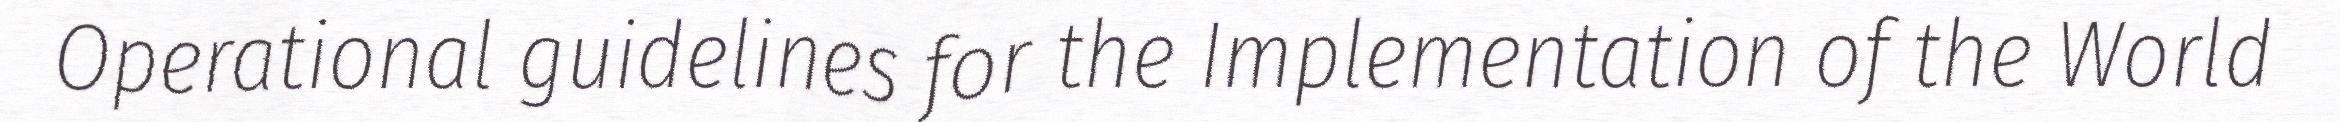
Operational guidelines for the Implementation of the World